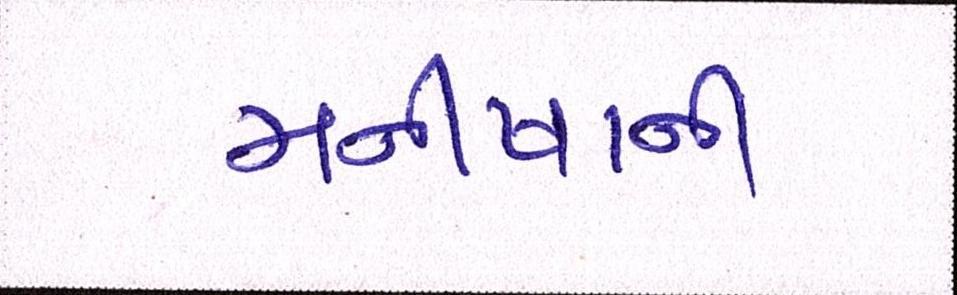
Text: મનીષાની